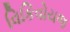
વિકિવોયજ